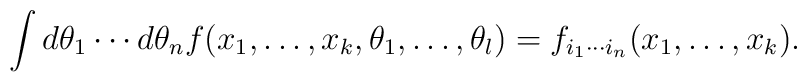
\int d\theta_{1}\cdots d\theta_{n} f(x_{1}, \ldots, x_{k}, \theta_{1}, \ldots, \theta_{l}) = f_{i_{1}\cdots i_{n}}(x_{1},\ldots, x_{k}).